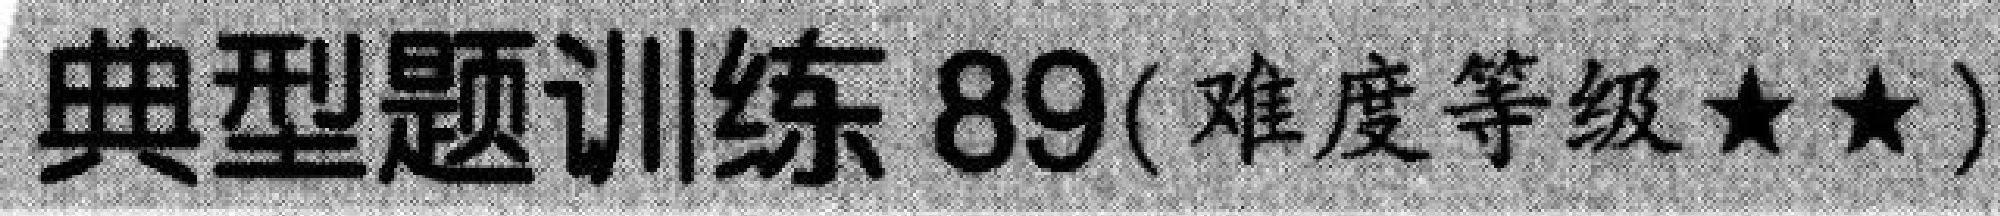
典型题训练 89(难度等级★★)